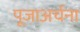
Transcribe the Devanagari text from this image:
पूजाअर्चना